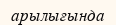
арылығында